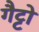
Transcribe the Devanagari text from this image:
गैट्टो